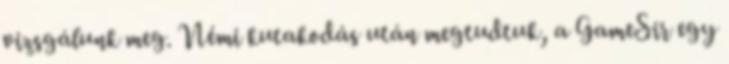
vizsgálunk meg. Némi kutakodás után megtudtuk, a GameSir egy